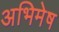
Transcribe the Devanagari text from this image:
अभिमेष